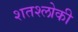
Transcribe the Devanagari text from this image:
शतश्लोकी